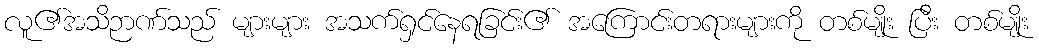
လူ၏အသိဉာဏ်သည် များများ အသက်ရှင်နေရခြင်း၏ အကြောင်းတရားများကို တစ်မျိုး ပြီး တစ်မျိုး